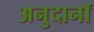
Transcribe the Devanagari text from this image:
अनुदानॉ